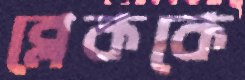
ব্লেককে